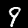
Label: 9